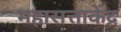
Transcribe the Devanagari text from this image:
महासत्ताकेंद्र